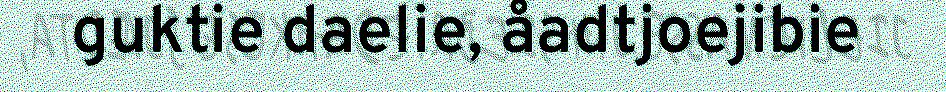
guktie daelie, åadtjoejibie